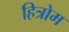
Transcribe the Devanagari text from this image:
हित्रोम